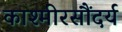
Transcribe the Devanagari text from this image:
काश्मीरसौंदर्य